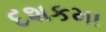
દશકમા